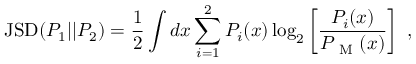
\mathrm { J S D } ( P _ { 1 } | | P _ { 2 } ) = \frac { 1 } { 2 } \int d x \sum _ { i = 1 } ^ { 2 } P _ { i } ( x ) \log _ { 2 } \left[ \frac { P _ { i } ( x ) } { P _ { \mathrm { ~ M ~ } } ( x ) } \right] ~ ,